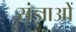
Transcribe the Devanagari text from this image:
संज्ञाओें